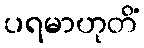
ပရမာဟုတိံ